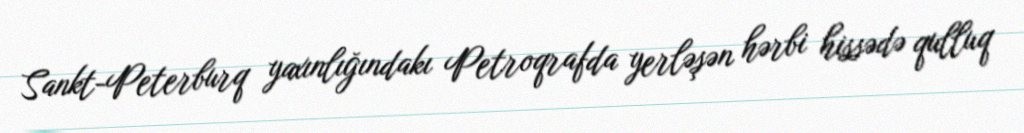
Sankt-Peterburq yaxınlığındakı Petroqrafda yerləşən hərbi hissədə qulluq